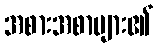
အစားအစာများ၏